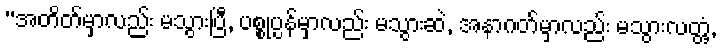
“အတိတ်မှာလည်း မသွားပြီ, ပစ္စုပ္ပန်မှာလည်း မသွားဆဲ, အနာဂတ်မှာလည်း မသွားလတ္တံ့,